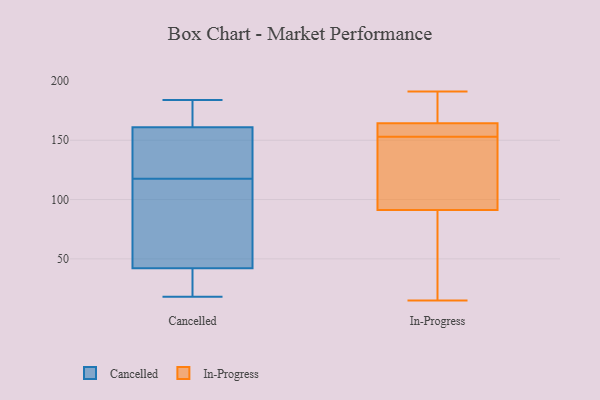
{"axis": {"x": "Market Share (%)", "y": "Value"}, "legend": ["Cancelled", "In-Progress"], "data": [{"x": "", "y": 42, "type": "Cancelled"}, {"x": "", "y": 23, "type": "Cancelled"}, {"x": "", "y": 178, "type": "Cancelled"}, {"x": "", "y": 78, "type": "Cancelled"}, {"x": "", "y": 161, "type": "Cancelled"}, {"x": "", "y": 184, "type": "Cancelled"}, {"x": "", "y": 42, "type": "Cancelled"}, {"x": "", "y": 119, "type": "Cancelled"}, {"x": "", "y": 29, "type": "Cancelled"}, {"x": "", "y": 116, "type": "Cancelled"}, {"x": "", "y": 120, "type": "Cancelled"}, {"x": "", "y": 153, "type": "Cancelled"}, {"x": "", "y": 93, "type": "Cancelled"}, {"x": "", "y": 169, "type": "Cancelled"}, {"x": "", "y": 18, "type": "Cancelled"}, {"x": "", "y": 181, "type": "Cancelled"}, {"x": "", "y": 106, "type": "Cancelled"}, {"x": "", "y": 150, "type": "Cancelled"}, {"x": "", "y": 15, "type": "In-Progress"}, {"x": "", "y": 22, "type": "In-Progress"}, {"x": "", "y": 121, "type": "In-Progress"}, {"x": "", "y": 97, "type": "In-Progress"}, {"x": "", "y": 89, "type": "In-Progress"}, {"x": "", "y": 171, "type": "In-Progress"}, {"x": "", "y": 191, "type": "In-Progress"}, {"x": "", "y": 163, "type": "In-Progress"}, {"x": "", "y": 153, "type": "In-Progress"}, {"x": "", "y": 155, "type": "In-Progress"}, {"x": "", "y": 157, "type": "In-Progress"}, {"x": "", "y": 103, "type": "In-Progress"}, {"x": "", "y": 183, "type": "In-Progress"}, {"x": "", "y": 165, "type": "In-Progress"}, {"x": "", "y": 66, "type": "In-Progress"}, {"x": "", "y": 164, "type": "In-Progress"}, {"x": "", "y": 92, "type": "In-Progress"}]}